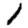
Digit: 1